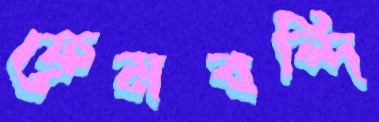
ফ্রেমবন্দি